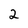
Character: 2